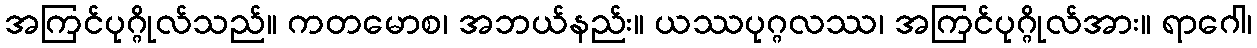
အကြင်ပုဂ္ဂိုလ်သည်။ ကတမောစ၊ အဘယ်နည်း။ ယဿပုဂ္ဂလဿ၊ အကြင်ပုဂ္ဂိုလ်အား။ ရာဂေါ၊